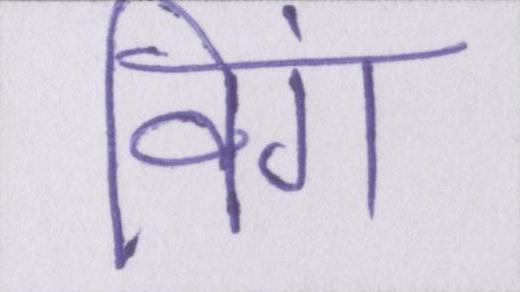
विंग